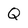
Character: Q